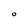
Character: O